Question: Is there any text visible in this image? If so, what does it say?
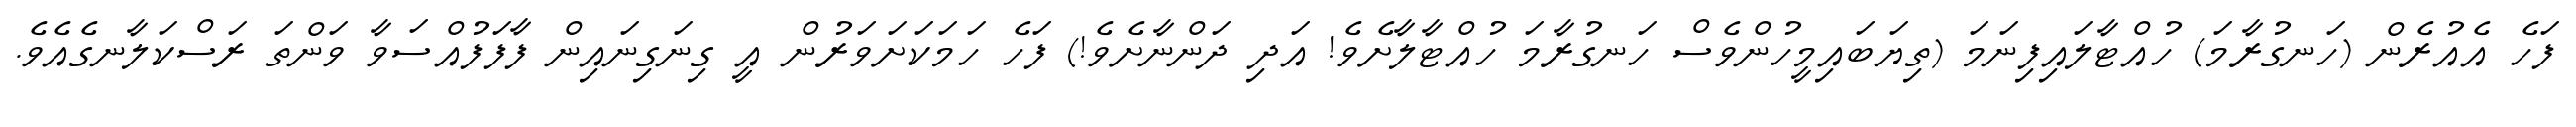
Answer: ފަހެ އެއުރެން (ހަނގުރާމަ) ހުއްޓާލައިފިނަމަ (ތިޔަބައިމީހުންވެސް ހަނގުރާމަ ހުއްޓާލާށެވެ! އަދި ދަންނާށެވެ!) ފަހެ ހަމަކަށަވަރުން އީ ގިނަގިނައިން ފާފަފުއްސަވާ ވަންތަ ރަސްކަލާނގެއެވެ.